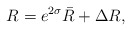
\begin{align*}R = e^{2 \sigma} \bar{R} + \Delta R,\end{align*}